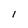
Character: 1